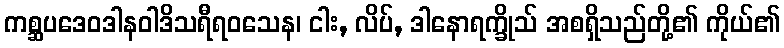
ကစ္ဆပဒေဝဒါနဝါဒိသရီရဝသေန၊ ငါး, လိပ်, ဒါနောရက္ခိုသ် အစရှိသည်တို့၏ ကိုယ်၏